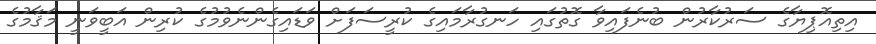
އިތިއޮޕިޔާގެ ސަރުކާރުން ބުނެފައިވާ ގޮތުގައި ހަނގުރާމައިގެ ކުރީސަފަށް ވަޑައިގެންނެވުމުގެ ކުރިން އަބީވަނީ މަޤާމުގެ